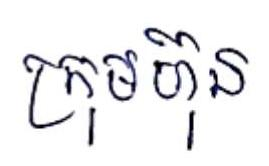
ក្រុមហ៊ុន